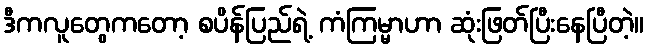
ဒီကလူတွေကတော့ စပိန်ပြည်ရဲ့ ကံကြမ္မာဟာ ဆုံးဖြတ်ပြီးနေပြီတဲ့။